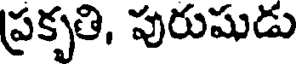
ప్రకృతి, పురుషుడు